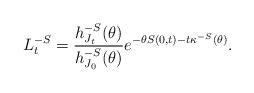
LaTeX: \begin{align*}L^{-S}_{t} = \frac{h_{J_t}^{-S}{(\theta)}}{h_{J_0}^{-S}{(\theta)}} e^{-\theta S(0,t) - t\kappa^{-S}(\theta)}.\end{align*}